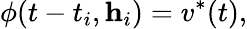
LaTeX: \phi(t-t_{i},\mathbf{h}_{i})=v^{*}(t),